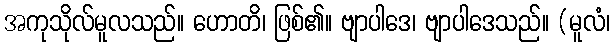
အကုသိုလ်မူလသည်။ ဟောတိ၊ ဖြစ်၏။ ဗျာပါဒေ၊ ဗျာပါဒေသည်။ (မူလံ၊